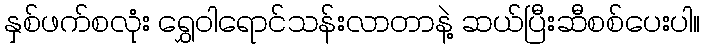
နှစ်ဖက်စလုံး ရွှေဝါရောင်သန်းလာတာနဲ့ ဆယ်ပြီးဆီစစ်ပေးပါ။